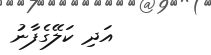
އަދި ކަލޭގެފާނު